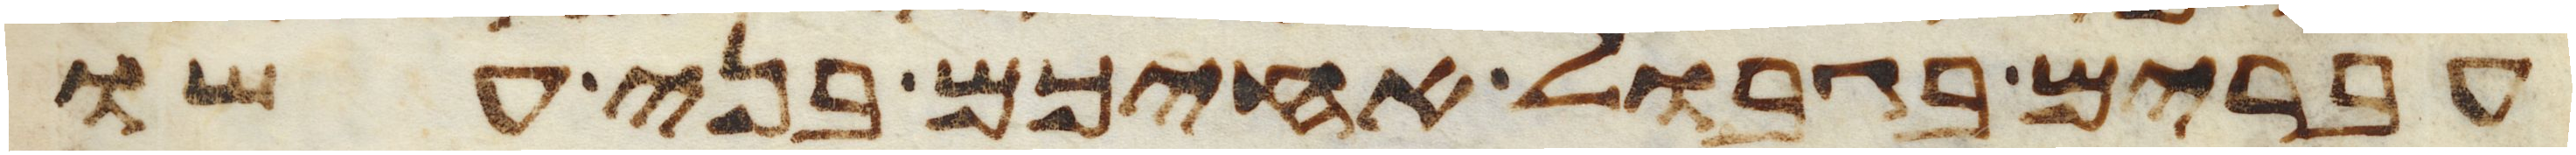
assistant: עברים בגבול אחיכם בני עשו